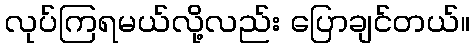
လုပ်ကြရမယ်လို့လည်း ပြောချင်တယ်။